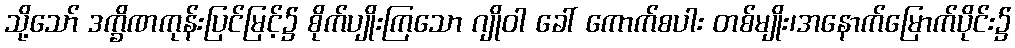
သို့သော် ဒက္ခိဏကုန်းပြင်မြင့်၌ စိုက်ပျိုးကြသော ဂျိုဝါ ခေါ် ကောက်စပါး တစ်မျိုး၊အနောက်မြောက်ပိုင်း၌